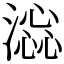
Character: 𣾫